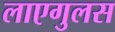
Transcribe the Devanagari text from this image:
लाएगुलस